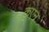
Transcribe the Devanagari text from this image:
कुएन